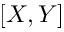
[ X , Y ]